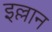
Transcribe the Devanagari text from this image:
इल्लान